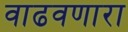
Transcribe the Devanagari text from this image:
वाढवणारा